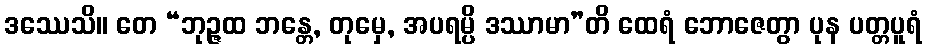
ဒဿေသိ။ တေ “ဘုဉ္ဇထ ဘန္တေ, တုမှေ, အပရမ္ပိ ဒဿာမာ”တိ ထေရံ ဘောဇေတွာ ပုန ပတ္တပူရံ